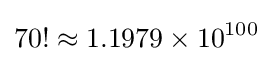
70!\approx 1.1979\times 10^{100}